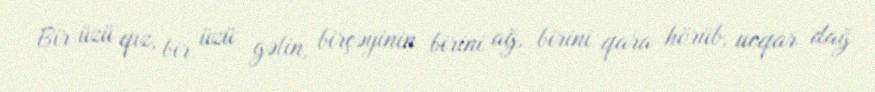
Bir üzü qız, bir üzü gəlin, birçəyinin birini ağ, birini qara hörüb, ucqar dağ